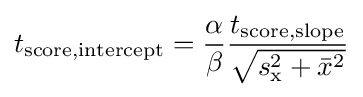
t_{\text{score,intercept}}={\frac {\alpha }{\beta }}{\frac {t_{\text{score,slope}}}{\sqrt {s_{\text{x}}^{2}+{\bar {x}}^{2}}}}